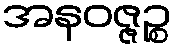
အနဝဇ္ဇဉ္စ